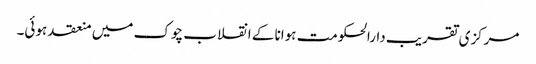
مرکزی تقریب دارالحکومت ہوانا کے انقلاب چوک میں منعقد ہوئی۔